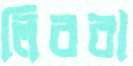
লিবরা